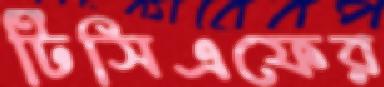
টিসিএফের